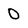
Character: 0